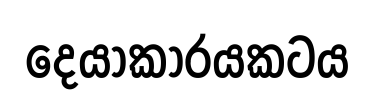
දෙයාකාරයකටය